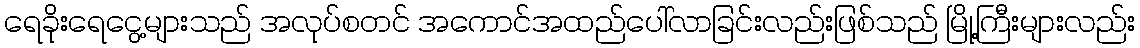
ရေခိုးရေငွေ့များသည် အလုပ်စတင် အကောင်အထည်ပေါ်လာခြင်းလည်းဖြစ်သည် မြို့ကြီးများလည်း